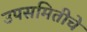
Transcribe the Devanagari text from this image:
उपसमितीचे